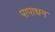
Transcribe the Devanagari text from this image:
पापाधन